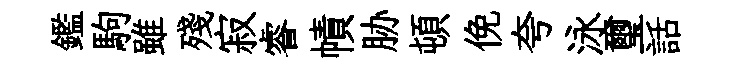
鑑駒雖殘寂睿幘胁頓俛夸泳璽話